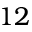
1 2